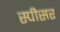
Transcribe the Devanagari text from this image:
स्पीसर